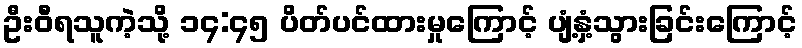
ဦးဝီရသူကဲ့သို့ ၁၄:၄၅ ပိတ်ပင်ထားမှုကြောင့် ပျံ့နှံ့သွားခြင်းကြောင့်